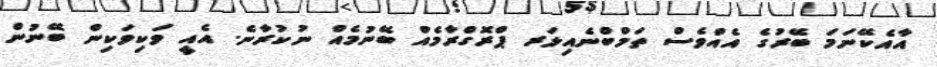
އާއެކޭނަމަ ބޭރުގެ އެއްވެސް ތަމްބްނެއިލަރ ޕްރޮގްރާމެއް ބޭނުމެއް ނުކުރާނެ. އެއީ ވަކިވަކިން ބޭނުން